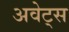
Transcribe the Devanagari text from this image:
अवेट्स